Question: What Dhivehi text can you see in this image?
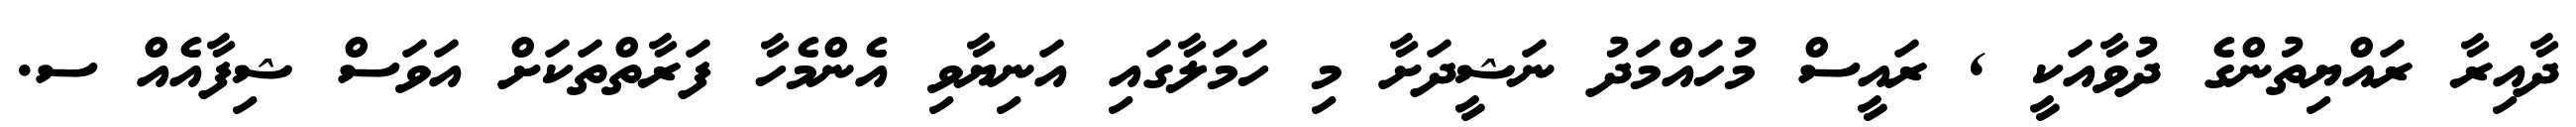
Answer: ދާއިރާ ރައްޔިތުންގެ ދުވާއަކީ , ރައީސް މުހައްމަދު ނަޝީދަށާ މި ހަމަލާގައި އަނިޔާވި އެންމެހާ ފަރާތްތަކަށް އަވަސް ޝިފާއެއް ސ.